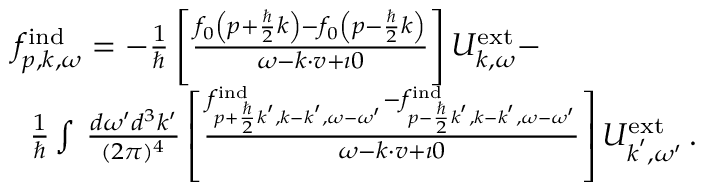
\begin{array} { r l } & { f _ { \boldsymbol { p } , \boldsymbol { k } , \omega } ^ { \mathrm { i n d } } = - \frac { 1 } { \hbar } \left[ \frac { f _ { 0 } \left( \boldsymbol { p } + \frac { \hbar } { 2 } \boldsymbol { k } \right) - f _ { 0 } \left( \boldsymbol { p } - \frac { \hbar } { 2 } \boldsymbol { k } \right) } { \omega - \boldsymbol { k } \cdot \boldsymbol { v } + \imath 0 } \right] { U } _ { \boldsymbol { k } , \omega } ^ { \mathrm { e x t } } - } \\ & { \, \, \, \frac { 1 } { \hbar } \int \, \frac { d \omega ^ { \prime } d ^ { 3 } k ^ { \prime } } { ( 2 \pi ) ^ { 4 } } \left[ \frac { f _ { \boldsymbol { p } + \frac { \hbar } { 2 } \boldsymbol { k } ^ { \prime } , \boldsymbol { k } - \boldsymbol { k } ^ { \prime } , \omega - \omega ^ { \prime } } ^ { \mathrm { i n d } } - f _ { \boldsymbol { p } - \frac { \hbar } { 2 } \boldsymbol { k } ^ { \prime } , \boldsymbol { k } - \boldsymbol { k } ^ { \prime } , \omega - \omega ^ { \prime } } ^ { \mathrm { i n d } } } { \omega - \boldsymbol { k } \cdot \boldsymbol { v } + \imath 0 } \right] { U } _ { \boldsymbol { k } ^ { \prime } , \omega ^ { \prime } } ^ { \mathrm { e x t } } \, . } \end{array}